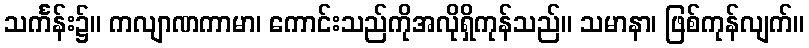
သင်္ကန်း၌။ ကလျာဏကာမာ၊ ကောင်းသည်ကိုအလိုရှိကုန်သည်။ သမာနာ၊ ဖြစ်ကုန်လျက်။